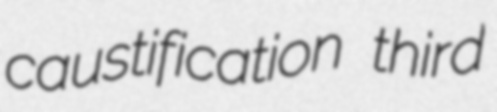
caustification third